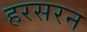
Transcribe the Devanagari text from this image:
हरसरन